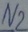
Text: N2